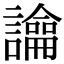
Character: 𧭆